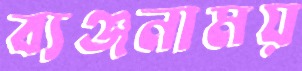
ব্যঞ্জনাময়